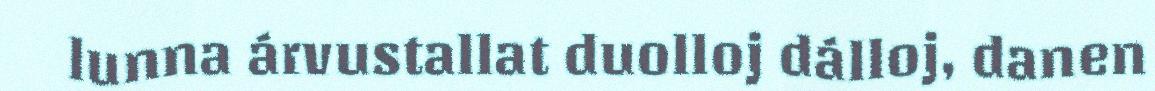
lunna árvustallat duolloj dálloj, danen